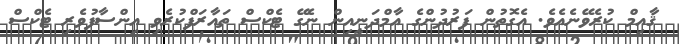
ޤާއިމް ކުރެވޭނެއެވެ. އެގޮތުން ފަރުދުންގެ އާމްދަނީއިން ނެގޭ ޓެކްސް ތައާރަފްކުރެވި އިންސާފުވެރި ޓެކްސް